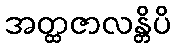
အတ္ထဇာလန္တိပိ